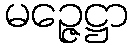
မဉ္ဇေဋ္ဌာ